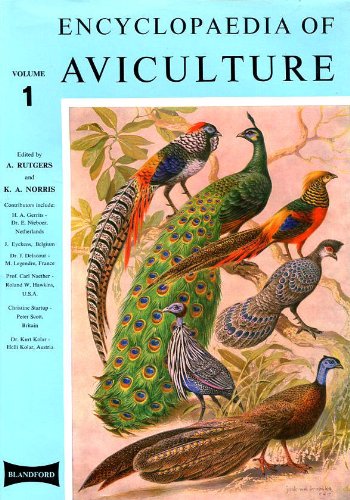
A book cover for Encyclopaedia of Aviculture: v. 1; Crafts, Hobbies & Home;